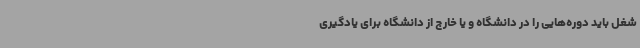
شغل باید دوره‌هایی را در دانشگاه و یا خارج از دانشگاه برای یادگیری